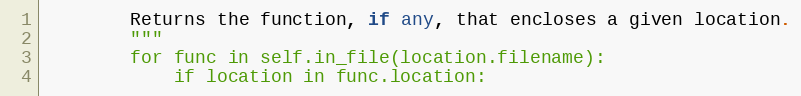
Language: Python
        Returns the function, if any, that encloses a given location.
        """
        for func in self.in_file(location.filename):
            if location in func.location: